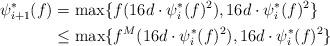
LaTeX: \begin{align*} \psi_{i+1}^*(f)&=\max\{f(16d\cdot\psi_i^*(f)^2),16d\cdot\psi^*_i(f)^2\}\\ &\le\max\{f^M(16d\cdot\psi_i^*(f)^2),16d\cdot\psi^*_i(f)^2\} \end{align*}